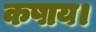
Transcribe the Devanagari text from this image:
कषाय।